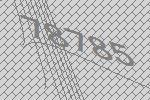
78785